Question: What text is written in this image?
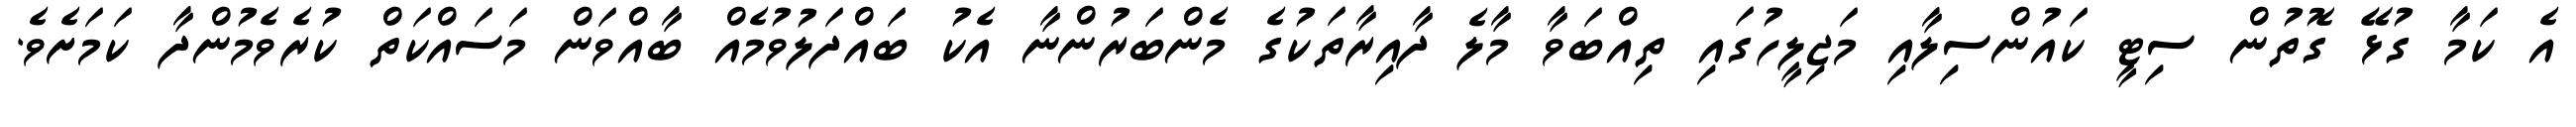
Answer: އެ ކަމާ ގުޅޭ ގޮތުން ސިޓީ ކައުންސިލާއި މަޖިލީހުގައި ތިއްބަވާ މާލެ ދާއިރާތަކުގެ މެންބަރުންނާ އެކު ބައްދަލުވުމެއް ބާއްވަން މަސައްކަތް ކުރެވެމުންދާ ކަމަށެވެ.